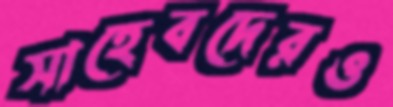
সাহেবদেরও